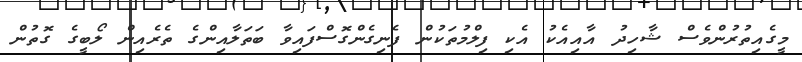
މީގެއިތުރުންވެސް ޝާހިދު އާއިއެކު އެކި ފިލްމުތަކުން ފެނިގެންގޮސްފައިވާ ބަތަލާއިންގެ ތެރެއިން ލޯބީގެ ގޮތުން